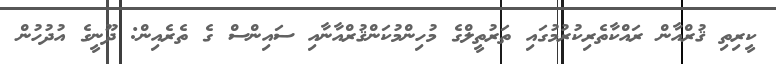
ކީރިތި ޤުރްއާން ރައްކާތެރިކުރުމުގައި ތަރުތީލްގެ މުހިންމުކަންޤުރްއާނާއި ސައިންސް ގެ ތެރެއިން: ދޫނީގެ އުދުހުން